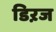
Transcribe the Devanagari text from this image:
डिऱज